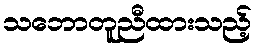
သဘောတူညီထားသည့်